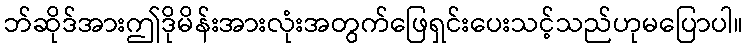
ဘ်ဆိုဒ်အားဤဒိုမိန်းအားလုံးအတွက်ဖြေရှင်းပေးသင့်သည်ဟုမပြောပါ။